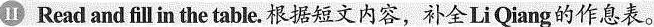
Ⅱ Read and fill in the table.根据短文内容，补全Li Qiang的作息表。